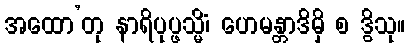
အထော’တု နာရိပုပ္ဖသ္မိံ၊ ဟေမန္တာဒိမှိ စ ဒွိသု။